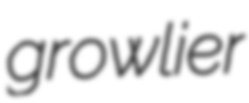
growlier